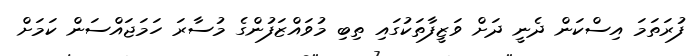
ފުރަތަމަ އިސްކަން ދެނީ ދަށް ވަޒީފާތަކުގައި ތިބި މުވައްޒަފުންގެ މުސާރަ ހަމަޖައްސަން ކަމަށް